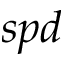
s p d